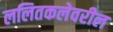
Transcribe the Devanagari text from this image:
ललितकलेवरील